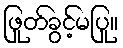
ဖြုတ်ခွင့်မပြု။